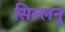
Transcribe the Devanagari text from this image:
सिल्लनु